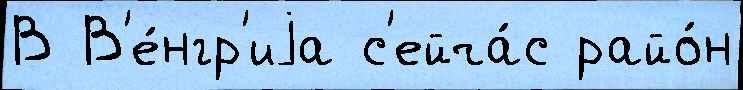
В В'е́нгр'иjа с'ейча́с райо́н